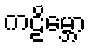
ကဠိမ္ဘော